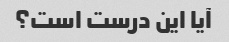
آیا این درست است؟